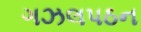
ગઝલપઠન